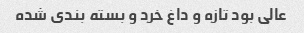
عالی بود تازه و داغ خرد و بسته بندی شده